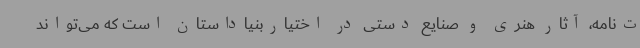
ت‌نامه، آثار هنری و صنایع دستی در اختیاربنیاداستان است که می‌تواند